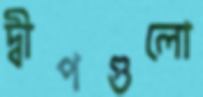
দ্বীপগুলো